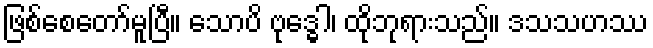
ဖြစ်စေတော်မူပြီ။ သောပိ ဗုဒ္ဓေါ၊ ထိုဘုရားသည်။ ဒသသဟဿ